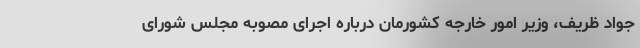
جواد ظریف، وزیر امور خارجه کشورمان درباره اجرای مصوبه مجلس شورای